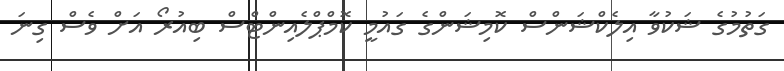
ގަތުމުގެ ޝަކުވާ އިލެކްޝަންސް ކޮމިޝަންގެ ގައުމީ ކޮމްޕްލެއިންޓްސް ބިއުރޯ އަށް ވެސް ގިނަ